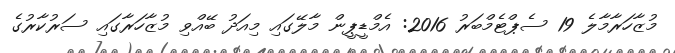
މުޒާހަރާމާލެ 19 ސެޕްޓެމްބަރު 2016: އެމްޑީޕީން މާލޭގައި މިއަދު ބޭއްވި މުޒާހަރާގައި ސަރުކާރުގެ